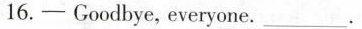
16. — Goodbye, everyone. ___.